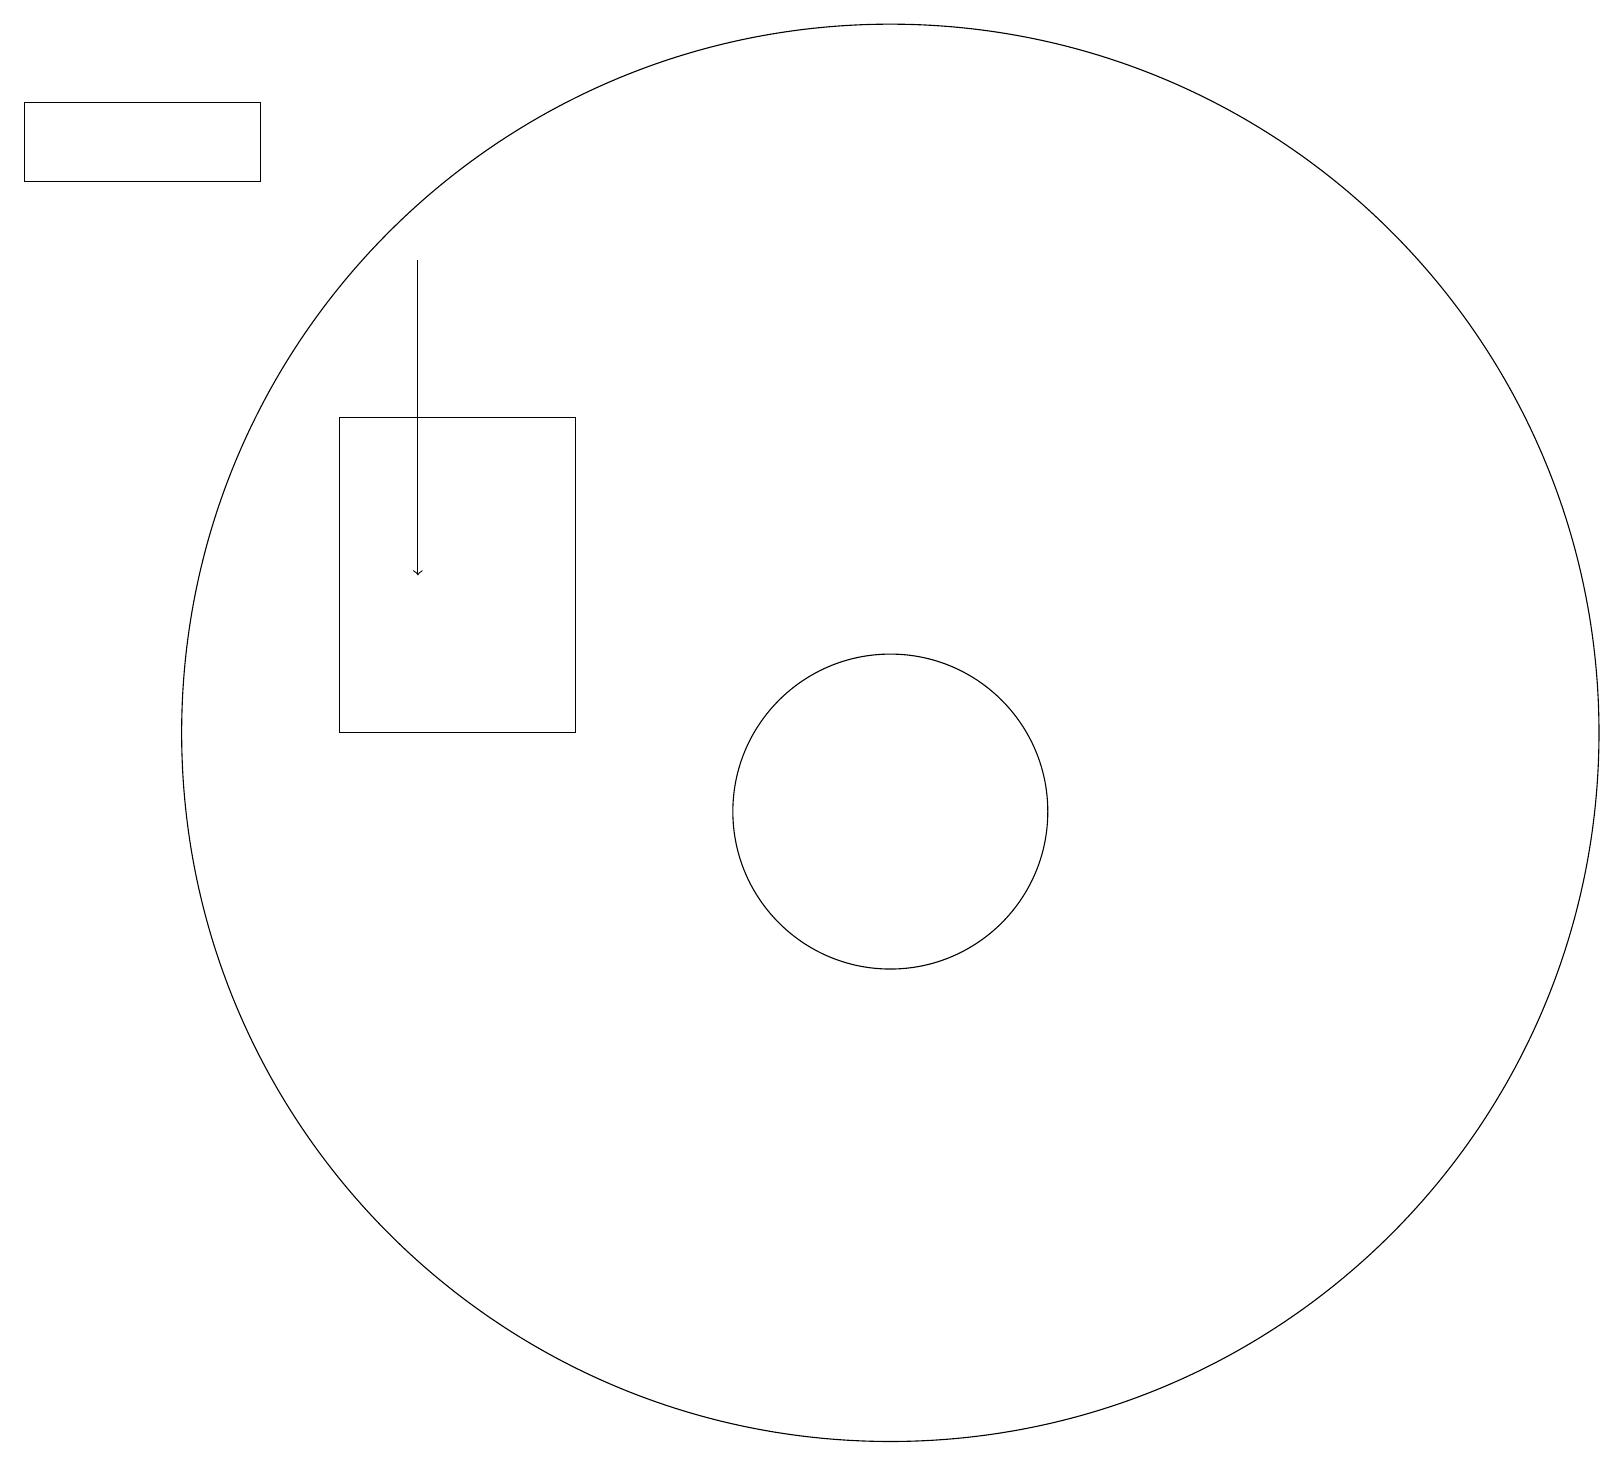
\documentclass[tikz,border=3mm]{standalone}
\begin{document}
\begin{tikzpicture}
\draw (4,11) rectangle (7,15);
\draw[->] (5,17) -- (5,13);
\draw (12,10) circle (0);
\draw (0,18) rectangle (3,19);
\draw (11,11) circle (9);
\draw (11,10) circle (2);
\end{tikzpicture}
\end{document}